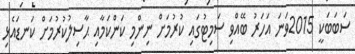
ސަބަބަކީ 2015ވަނަ އަހަރު ބޭއްވި ސަމިޓުގައި ކުރުމަށް ނިންމި ކަންކަމާއި ޙާސިލުކުރުމަށް ކަނޑައެޅި